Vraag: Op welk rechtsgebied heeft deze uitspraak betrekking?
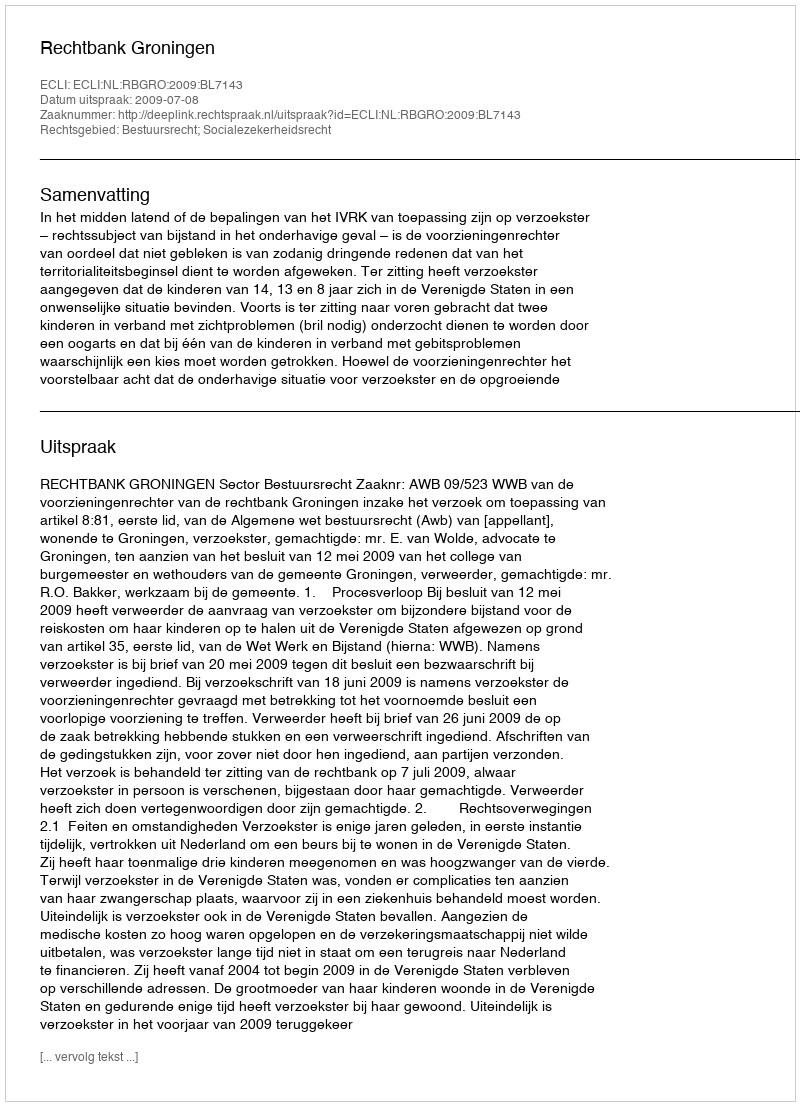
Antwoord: Bestuursrecht; Socialezekerheidsrecht